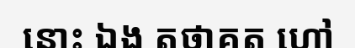
នោះ ឯង តថាគត ហៅ